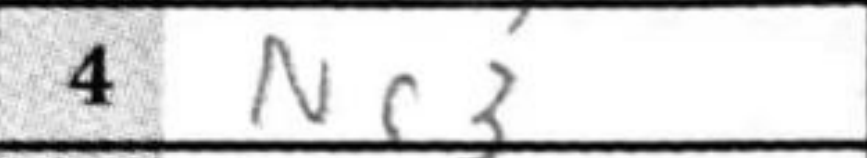
Transcription: Nc3